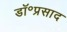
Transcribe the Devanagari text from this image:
डॉ॰प्रसाद